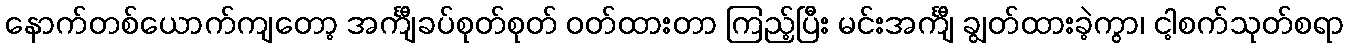
နောက်တစ်ယောက်ကျတော့ အင်္ကျီခပ်စုတ်စုတ် ဝတ်ထားတာ ကြည့်ပြီး မင်းအင်္ကျီ ချွတ်ထားခဲ့ကွာ၊ ငါ့စက်သုတ်စရာ